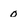
Character: 0